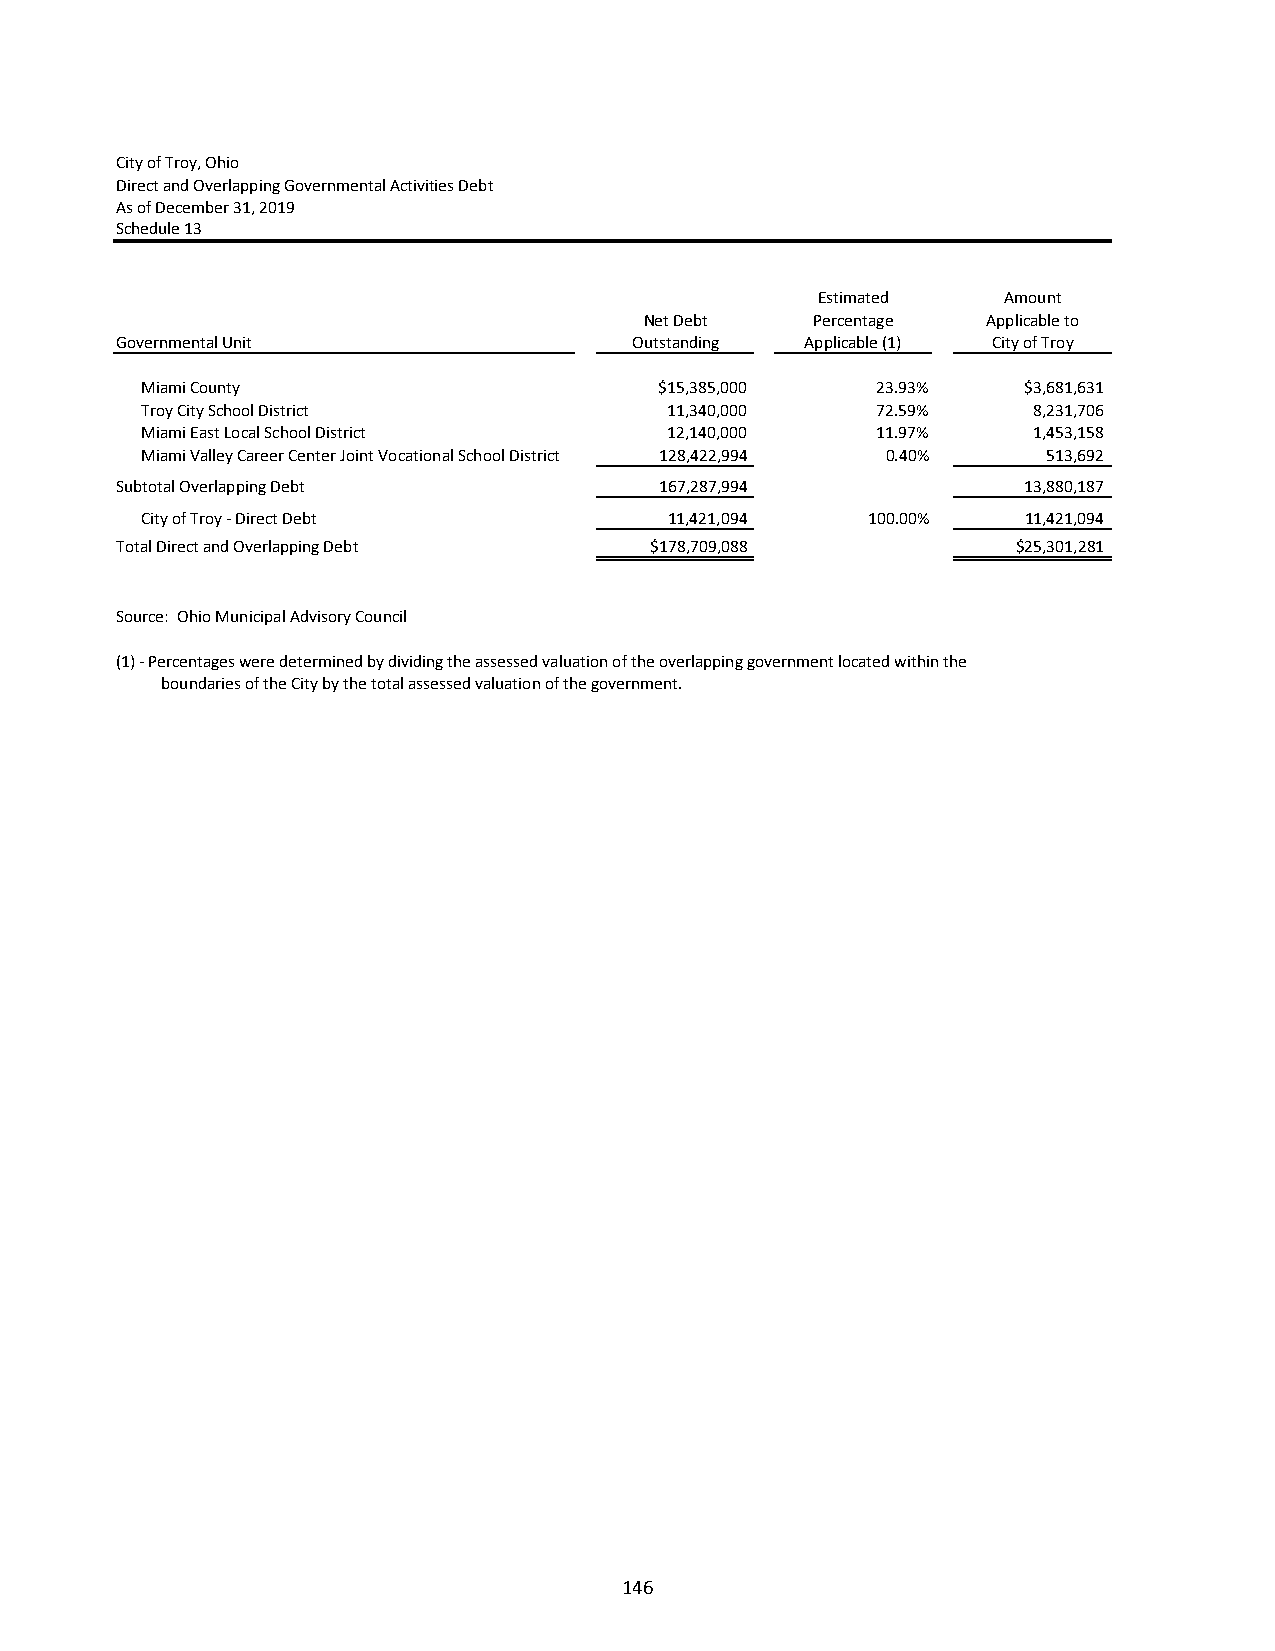
City of Troy, Ohio
 Direct and Overlapping Governmental Activities Debt
 As of December 31, 2019
 Schedule 13
 Estimated   Amount
 Net Debt   Percentage Applicable to
 Governmental Unit                 Outstanding Applicable (1) City of Troy
 Miami County                       $15,385,000   23.93%    $3,681,631
 Troy City School District          11,340,000    72.59%    8,231,706
 Miami East Local School District   12,140,000    11.97%    1,453,158
 Miami Valley Career Center Joint Vocational School District 128,422,994 0.40% 513,692
 Subtotal Overlapping Debt           167,287,994             13,880,187
 City of Troy ‐ Direct Debt         11,421,094   100.00%    11,421,094
 Total Direct and Overlapping Debt  $178,709,088            $25,301,281
 Source: Ohio Municipal Advisory Council
 (1) ‐ Percentages were determined by dividing the assessed valuation of the overlapping government located within the
 boundaries of the City by the total assessed valuation of the government.
 146